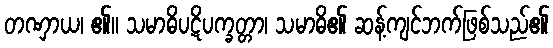
တဏှာယ၊ ၏။ သမာဓိပဋိပက္ခတ္တာ၊ သမာဓိ၏ ဆန့်ကျင်ဘက်ဖြစ်သည်၏